Report on vaccination in Madras 1877-1894 - 1877-1894
Year: 1877
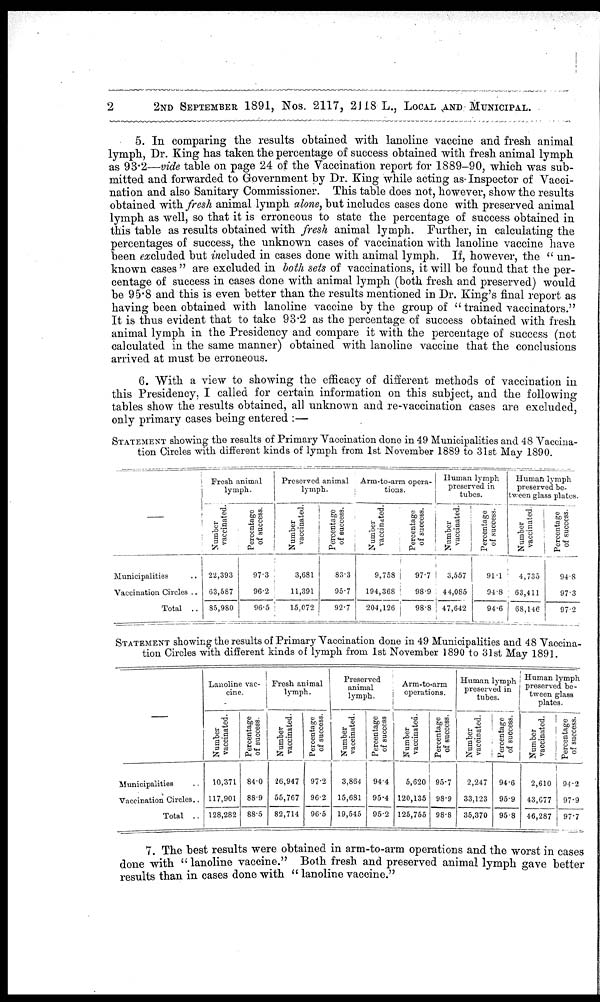
2
2ND SEPTEMBER 1891, Nos. 2117, 2118L., LOCAL AND MUNICIPAL.
5. In comparing the results obtained with lanoline vaccine and fresh animal
lymph, Dr. King has taken the percentage of success obtained with fresh animal lymph
as 93.2—vide table on page 24 of the Vaccination report for 1889-90, which was sub-
mitted and forwarded to Government by Dr. King while acting as- Inspector of Vacci-
nation and also Sanitary Commissioner. This table does not, however, show the results
obtained with fresh animal lymph alone, but includes cases done with preserved animal
lymph as well, so that it is erroneous to state the percentage of success obtained in
this table as results obtained with fresh animal lymph. Further, in calculating the
percentages of success, the unknown cases of vaccination with lanoline vaccine have
been excluded but included in cases done with animal lymph. If, however, the " un-
known cases " are excluded in both sets of vaccinations, it will be found that the per-
centage of success in cases done with animal lymph (both fresh and preserved) would
be 95.8 and this is even better than the results mentioned in Dr. King's final report as
having been obtained with lanoline vaccine by the group of " trained vaccinators."
It is thus evident that to take 93.2 as the percentage of success obtained with fresh
animal lymph in the Presidency and compare it with the percentage of success (not
calculated in the same manner) obtained with lanoline vaccine that the conclusions
arrived at must be erroneous.
6. With a view to showing the efficacy of different methods of vaccination in
this Presidency, I called for certain information on this subject, and the following
tables show the results obtained, all unknown and re-vaccination cases are excluded,
only primary cases being entered :—
STATEMENT showing the results of Primary Vaccination done in 49 Municipalities and 48 Vaccina-
tion Circles with different kinds of lymph from 1st November 1889 to 31st May 1890.
Municipalities ..
Vaccination Circles ..
Total ..
Fresh animal
lymph.
Number
vaccinated.
22,393
63,587
85,980
Percentage
of success.
97.3
96.2
96.5
Preserved animal
lymph.
Number
vaccinated.
3,681
11,391
15,072
Percentage
of success.
83.3
95.7
92.7
Arm-to-arm opera-
tions.
Number
vaccinated.
9,758
194,368
204,126
Percentage
of success.
97.7
98.9
98.8
Human lymph
preserved in
tubes.
Number
vaccinated.
3,557
44,085
47,642
Percentage
of success.
91.1
94.8
94.6
Human lymph
preserved be-
tween glass plates.
Number
vaccinated.
4,735
63,411
68,146
Percentage
of success.
94.8
97.3
97.2
STATEMENT showing the results of Primary Vaccination done in 49 Municipalities and 48 Vaccina-
tion Circles with different kinds of lymph from 1st November 1890 to 31st May 1891.
—
Municipalities ..
Vaccination Circles..
Total ..
Lanoline vac-
cine.
Number
vaccinated.
10,371
117,901
128,282
Percentage
of success.
84.0
88.9
88.5
Fresh animal
lymph.
Number
vaccinated.
26,947
55,767
82,714
P ercentage
of success.
97.2
96.2
96.5
Preserved
animal
lymph.
Number
vaccinated.
3,864
15,681
19,545
Percentage
of success
94.4
95.4
95.2
Arm-to-arm
operations.
Number
vaccinated.
5,620
120,135
125,755
Percentage
of success.
95.7
98.9
98.8
Human lymph
preserved in
tubes.
Number
vaccinated.
2,247
33,123
35,370
Percentage
of success.
94.6
95.9
95.8
Human lymph
preserved be-
tween glass
plates.
Number
vaccinated.
2,610
43,677
46,287
Percentage
of success.
94.2
97.9
97.7
7. The best results were obtained in arm-to-arm operations and the worst in cases
done with " lanoline vaccine." Both fresh and preserved animal lymph gave better
results than in cases done with " lanoline vaccine."